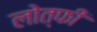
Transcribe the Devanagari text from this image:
लोत्फी